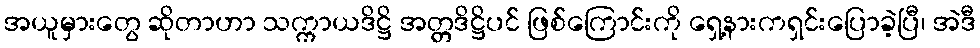
အယူမှားတွေ ဆိုတာဟာ သက္ကာယဒိဋ္ဌိ အတ္တဒိဋ္ဌိပင် ဖြစ်ကြောင်းကို ရှေ့နားကရှင်းပြောခဲ့ပြီ၊ အဲဒီ